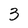
Character: 3